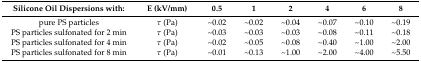
<table><thead><tr><td><b>Silicone Oil Dispersions with:</b></td><td><b>E (kV/mm)</b></td><td><b>0.5</b></td><td><b>1</b></td><td><b>2</b></td><td><b>4</b></td><td><b>6</b></td><td><b>8</b></td></tr></thead><tbody><tr><td>pure PS particles</td><td><i>τ</i> (Pa)</td><td>~0.02</td><td>~0.02</td><td>~0.04</td><td>~0.07</td><td>~0.10</td><td>~0.19</td></tr><tr><td>PS particles sulfonated for 2 min</td><td><i>τ</i> (Pa)</td><td>~0.03</td><td>~0.03</td><td>~0.03</td><td>~0.08</td><td>~0.11</td><td>~0.18</td></tr><tr><td>PS particles sulfonated for 4 min</td><td><i>τ</i> (Pa)</td><td>~0.02</td><td>~0.05</td><td>~0.08</td><td>~0.40</td><td>~1.00</td><td>~2.00</td></tr><tr><td>PS particles sulfonated for 8 min</td><td><i>τ</i> (Pa)</td><td>~0.01</td><td>~0.13</td><td>~1.00</td><td>~2.00</td><td>~4.00</td><td>~5.50</td></tr></tbody></table>